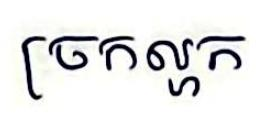
ច្រកល្ហក